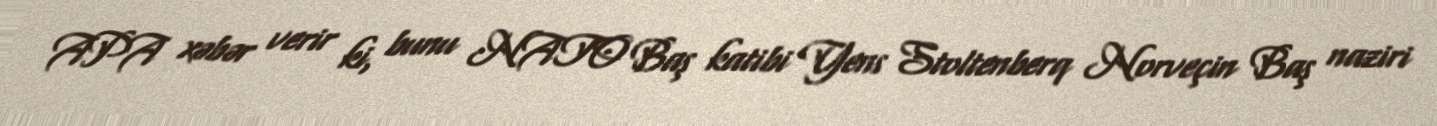
APA xəbər verir ki, bunu NATO Baş katibi Yens Stoltenberq Norveçin Baş naziri